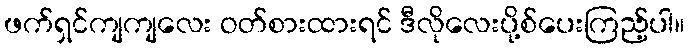
ဖက်ရှင်ကျကျလေး ဝတ်စားထားရင် ဒီလိုလေးပို့စ်ပေးကြည့်ပါ။